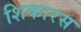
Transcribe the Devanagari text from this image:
शिकारस